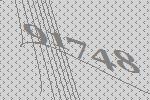
91748